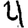
Digit: 4